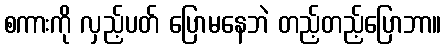
စကားကို လှည့်ပတ် ပြောမနေဘဲ တည့်တည့်ပြောဘာ။